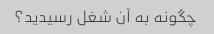
چگونه به آن شغل رسیدید؟